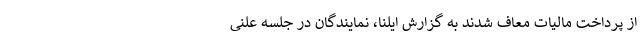
از پرداخت مالیات معاف شدند به گزارش ایلنا، نمایندگان در جلسه علنی